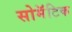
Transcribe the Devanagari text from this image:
सोमॅटिक